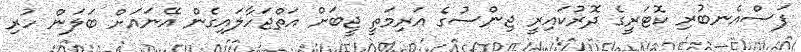
ފަސްއެނބުރި ކޮޓަރީގެ ދޮރުކައިރީ ޖިންސުގެ އަރިމަތީ ޖީބަށް އަތްޖަހާލައިގެން އޭނައަށް ބަލަން ހުރި